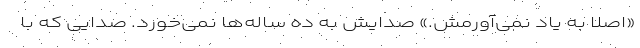
«اصلا به یاد نمی‌آورمش.» صدایش به ده ساله‌ها نمی‌خورد. صدایی که با